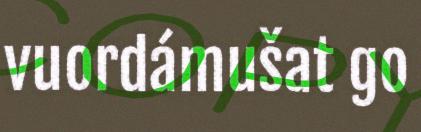
vuordámušat go